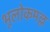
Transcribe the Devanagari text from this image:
भूलोकमल्ल